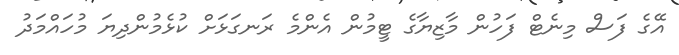
އޭގެ ފަސް މިނެޓް ފަހުން މާޒިޔާގެ ޓީމުން އެންމެ ރަނގަޅަށް ކުޅެމުންދިޔަ މުހައްމަދު